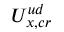
U _ { x , c r } ^ { u d }